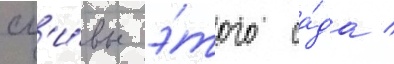
сл'и́вы э́того са́да /